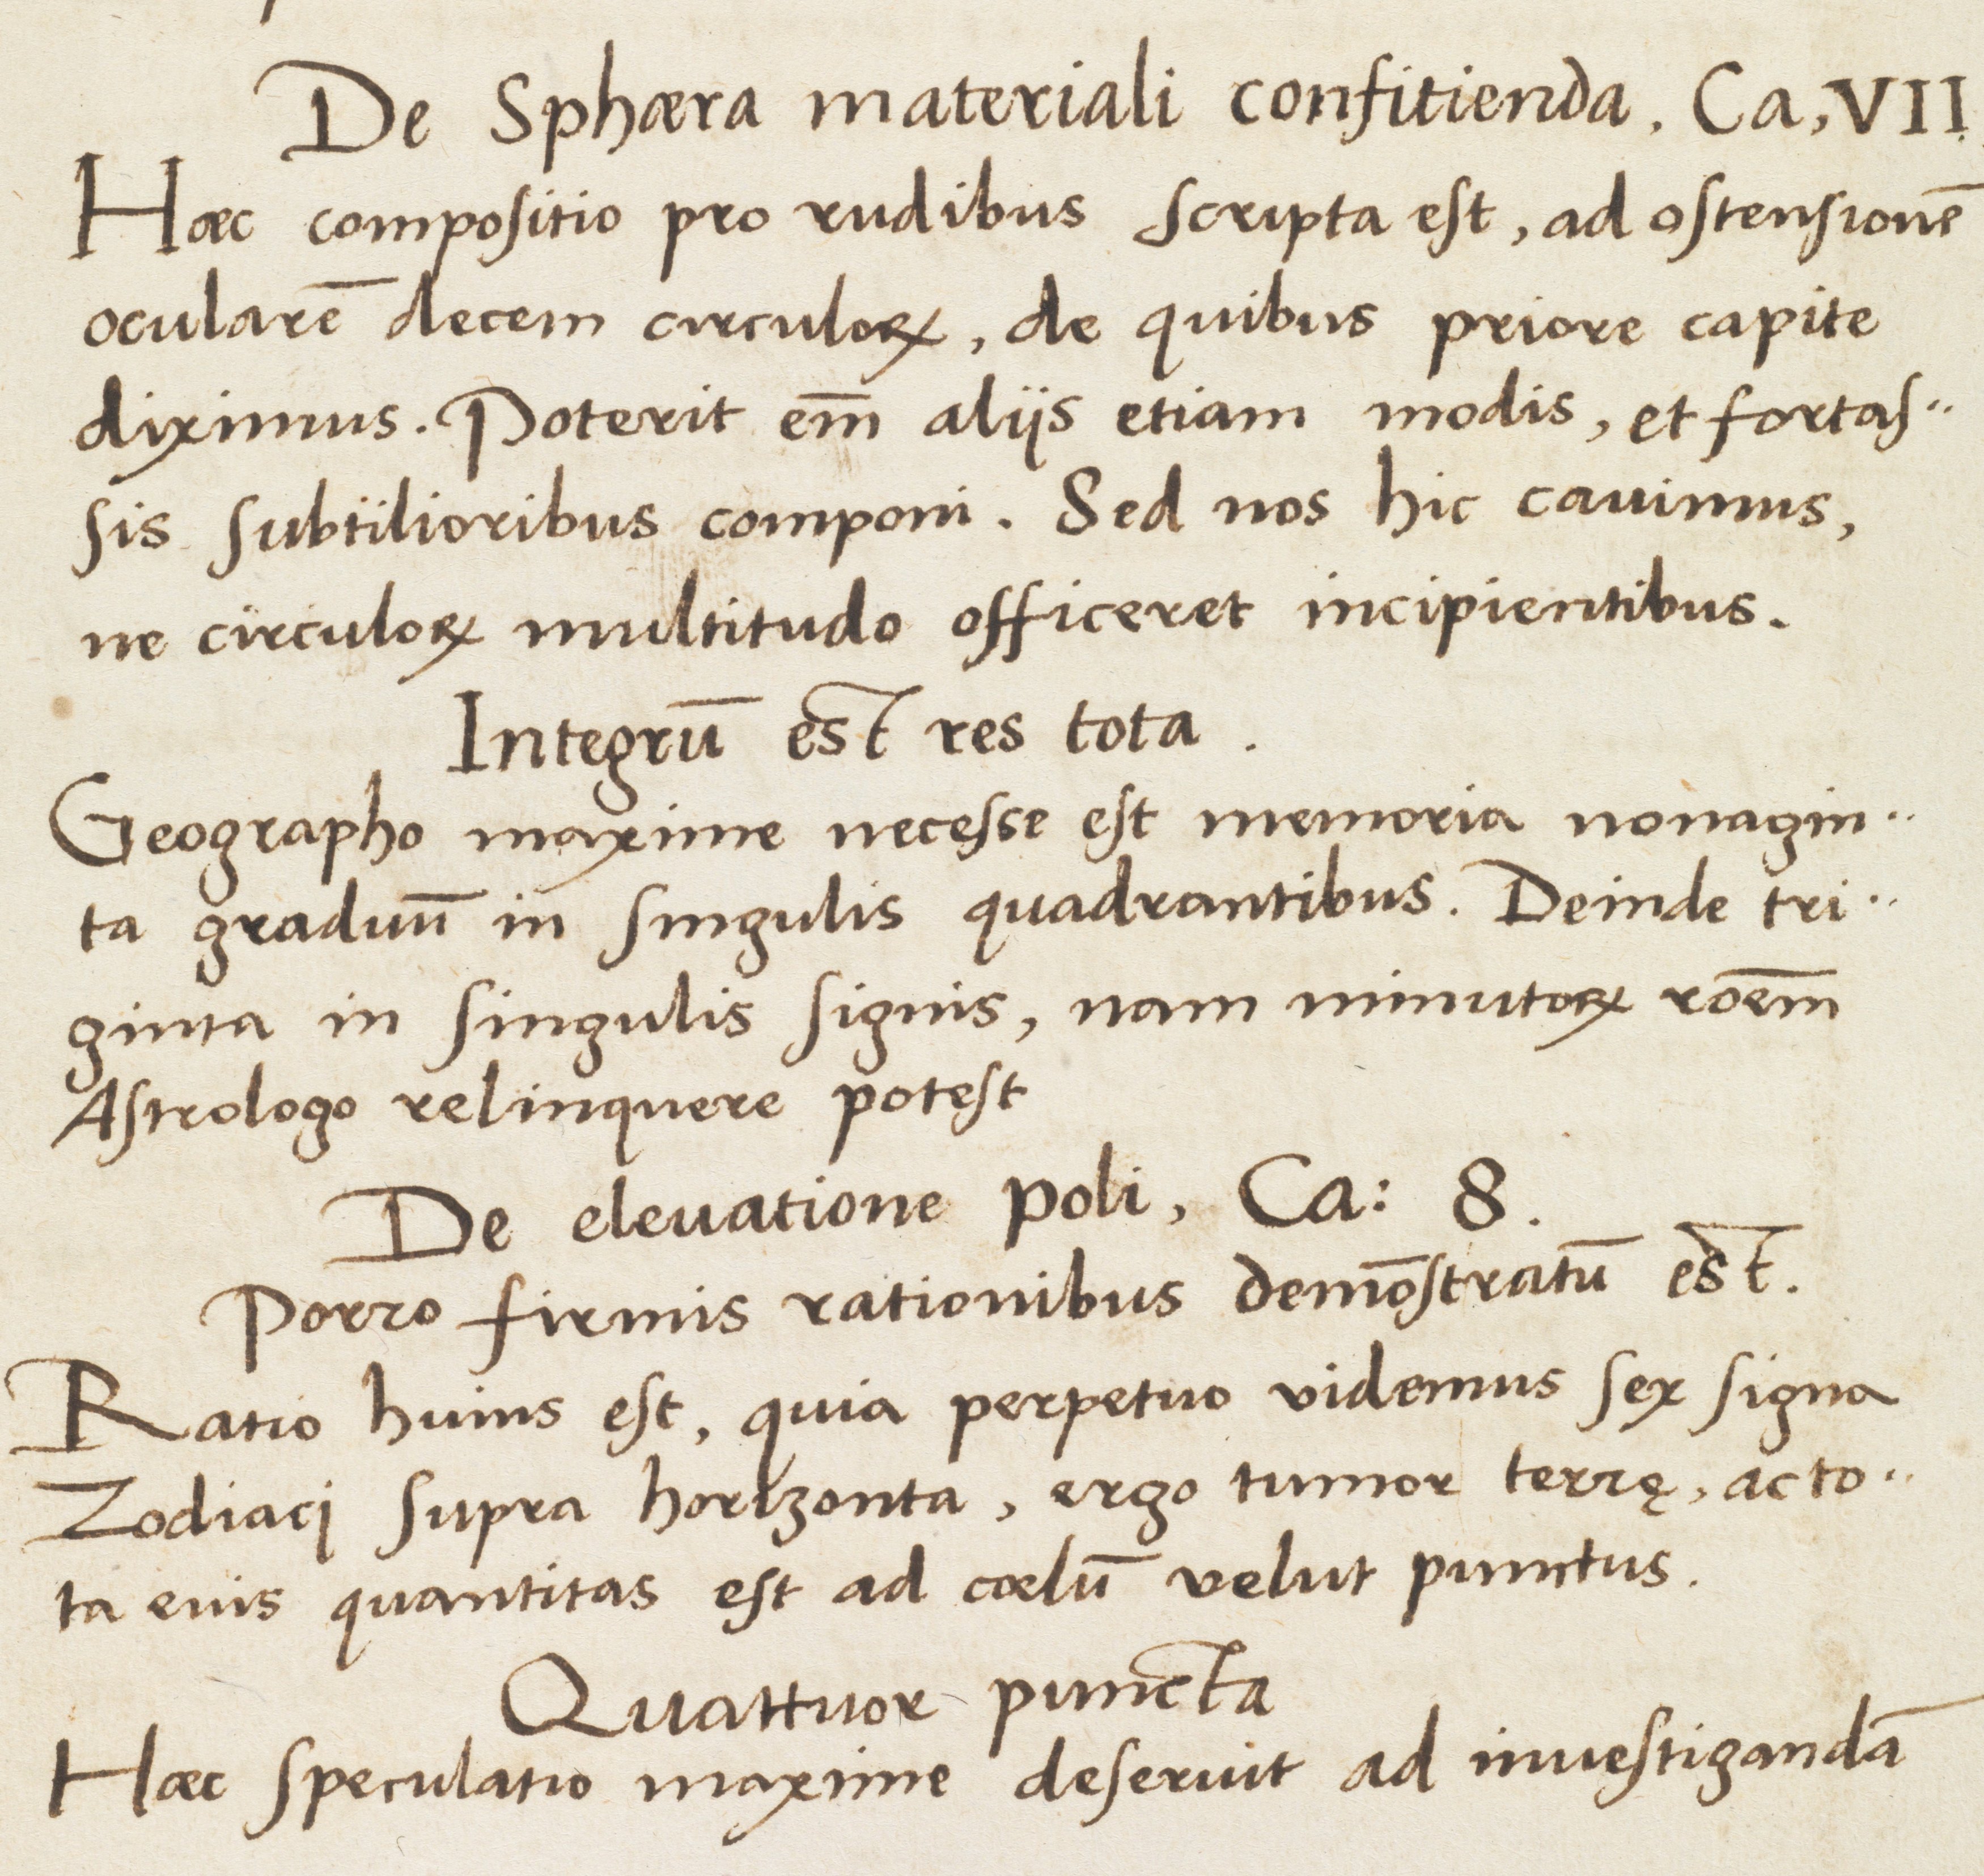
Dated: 1537–1537